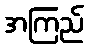
အကြည်